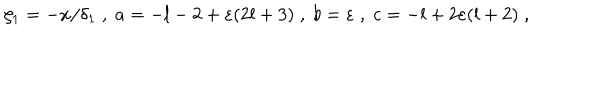
LaTeX: \zeta _ { 1 } = - x / \delta _ { 1 } \; , \; a = - l - 2 + \varepsilon ( 2 l + 3 ) \; , \; b = \varepsilon \; , \; c = - l + 2 \varepsilon ( l + 2 ) \; ,